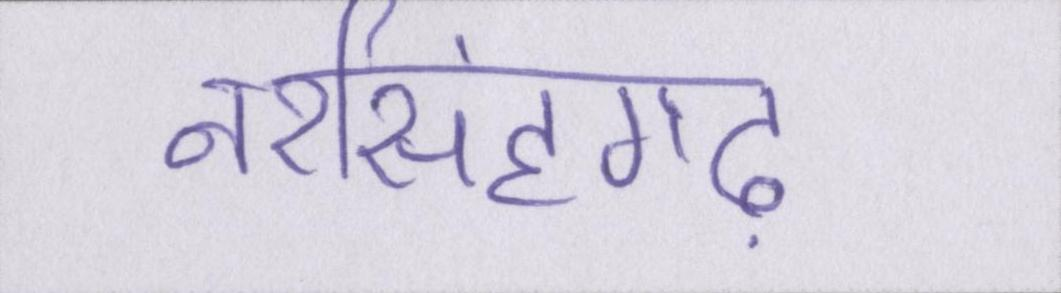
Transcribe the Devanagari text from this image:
नरसिंहगढ़